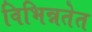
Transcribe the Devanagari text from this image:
विभिन्नतेत